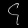
Digit: ၄